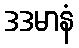
ဒဒမာနံ